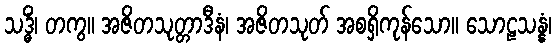
သဒ္ဓိံ၊ တကွ။ အဇိတသုတ္တာဒီနံ၊ အဇိတသုတ် အစရှိကုန်သော။ သောဠသန္နံ၊